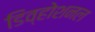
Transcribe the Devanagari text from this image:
डिव्होशनल